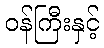
ဝန်ကြီးနှင့်